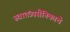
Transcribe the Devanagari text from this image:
स्वातंत्र्यसैनिकाचे